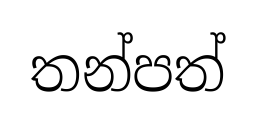
තන්පත්